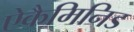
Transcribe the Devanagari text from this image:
ऐकैमिनिड